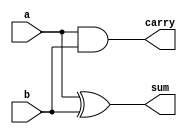
module halfadder(a,b,sum,carry);
  
input a,b;
output sum,carry;
  
xor(sum,a,b);
and(carry,a,b);

endmodule

module testbench();
  
reg a,b;
wire sum,carry;
  
halfadder  h1(a,b,sum,carry);
  
initial 
begin
  a=0;b=0;
#5 a=0;b=1;
#5 a=1;b=0;
#5 a=1;b=1;
#5 $finish;
end
endmodule